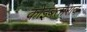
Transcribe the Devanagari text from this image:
कोइंबताराव